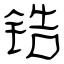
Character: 锆